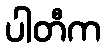
ပါတီက